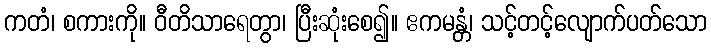
ကတံ၊ စကားကို။ ဝီတိသာရေတွာ၊ ပြီးဆုံးစေ၍။ ဧကမန္တံ၊ သင့်တင့်လျောက်ပတ်သော